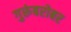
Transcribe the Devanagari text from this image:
गुरूंबरोबर